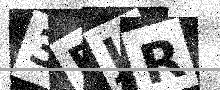
Text: 3BJR